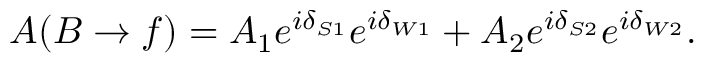
A ( B \to f ) = A _ { 1 } e ^ { i \delta _ { S 1 } } e ^ { i \delta _ { W 1 } } + A _ { 2 } e ^ { i \delta _ { S 2 } } e ^ { i \delta _ { W 2 } } .